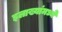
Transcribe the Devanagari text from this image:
इलाख्यांमध्ये